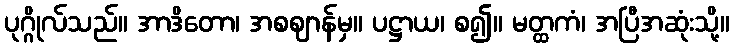
ပုဂ္ဂိုလ်သည်။ အာဒိတော၊ အစဈာန်မှ။ ပဋ္ဌာယ၊ စ၍။ မတ္ထကံ၊ အပြီအဆုံးသို့။